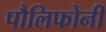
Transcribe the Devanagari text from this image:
पौलिफोनी